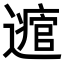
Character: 𨘃